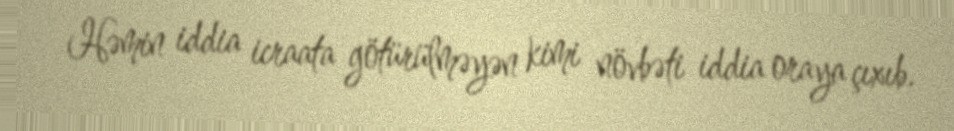
Həmin iddia icraata götürülməyən kimi növbəti iddia oraya çıxıb.